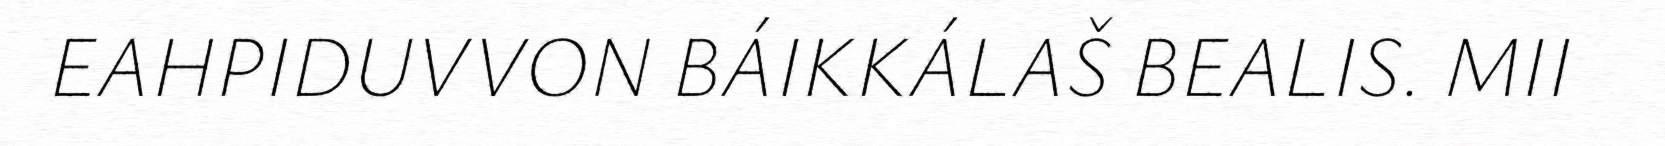
EAHPIDUVVON BÁIKKÁLAŠ BEALIS. MII